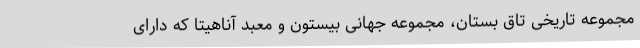
مجموعه تاریخی تاق بستان، مجموعه جهانی بیستون و معبد آناهیتا که دارای